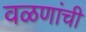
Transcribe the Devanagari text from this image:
वळणांची